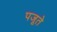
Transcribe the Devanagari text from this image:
पजूते